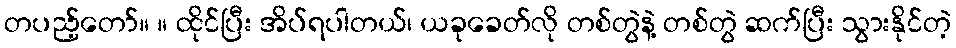
တပည့်တော်။ ။ ထိုင်ပြီး အိပ်ရပါတယ်၊ ယခုခေတ်လို တစ်တွဲနဲ့ တစ်တွဲ ဆက်ပြီး သွားနိုင်တဲ့